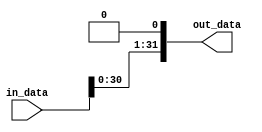
module shift_left_32bit(in_data, out_data);
	input[31:0] in_data;
	output reg[31:0] out_data;
	
	always@(in_data) begin
		out_data = in_data << 1;
	end
endmodule